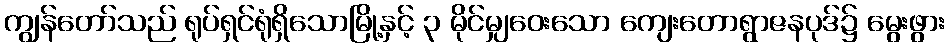
ကျွန်တော်သည် ရုပ်ရှင်ရုံရှိသောမြို့နှင့် ၃ မိုင်မျှဝေးသော ကျေးတောရွာဇနပုဒ်၌ မွေးဖွား